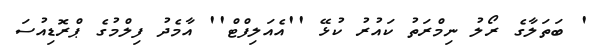
' ބަތަލާގެ ރޯލު ނިމްރަތު ކައުރު ކުޅޭ ''އެއަލިފްޓް'' އާމެދު ފިލްމުގެ ޕްރޮޑިއުސަ